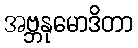
အဗ္ဘနုမောဒိတာ